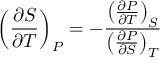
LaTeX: \left( { \frac { \partial S } { \partial T } } \right) _ { P } = - { \frac { \left( { \frac { \partial P } { \partial T } } \right) _ { S } } { \left( { \frac { \partial P } { \partial S } } \right) _ { T } } }